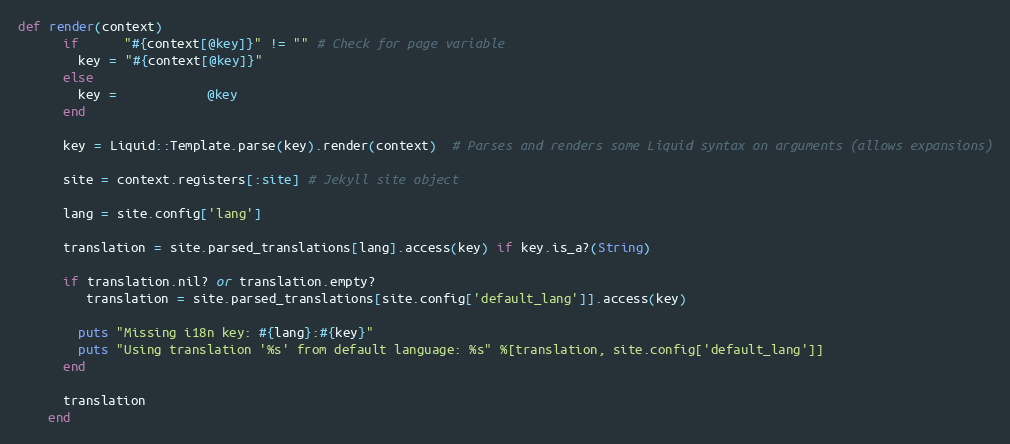
Language: Ruby
def render(context)
      if      "#{context[@key]}" != "" # Check for page variable
        key = "#{context[@key]}"
      else
        key =            @key
      end

      key = Liquid::Template.parse(key).render(context)  # Parses and renders some Liquid syntax on arguments (allows expansions)

      site = context.registers[:site] # Jekyll site object

      lang = site.config['lang']

      translation = site.parsed_translations[lang].access(key) if key.is_a?(String)

      if translation.nil? or translation.empty?
         translation = site.parsed_translations[site.config['default_lang']].access(key)

        puts "Missing i18n key: #{lang}:#{key}"
        puts "Using translation '%s' from default language: %s" %[translation, site.config['default_lang']]
      end

      translation
    end